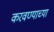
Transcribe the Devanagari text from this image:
करवण्याच्या